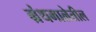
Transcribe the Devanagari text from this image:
ग्रंथमालेतील